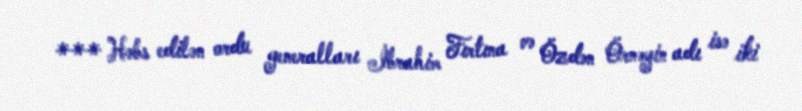
*** Həbs edilən ordu generalları İbrahim Fırtına və Özdən Örnəyin adı isə iki